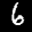
Label: 6